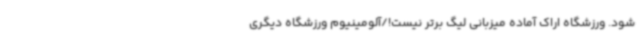
شود. ورزشگاه اراک آماده میزبانی لیگ برتر نیست!/آلومینیوم ورزشگاه دیگری